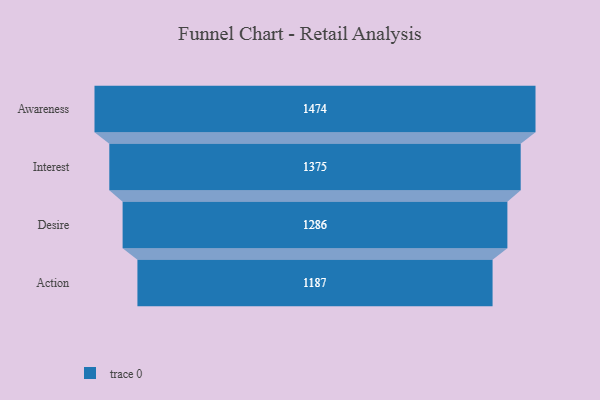
{"axis": {"x": "Stage", "y": "Value"}, "legend": [""], "data": [{"x": "Awareness", "y": 1474.0, "type": ""}, {"x": "Interest", "y": 1375.0, "type": ""}, {"x": "Desire", "y": 1286.0, "type": ""}, {"x": "Action", "y": 1187.0, "type": ""}]}